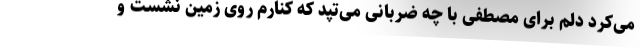
می‌کرد دلم برای مصطفی با چه ضربانی می‌تپد که کنارم روی زمین نشست و